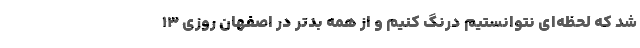
شد که لحظه‌ای نتوانستیم درنگ کنیم و از همه بدتر در اصفهان روزی ۱۳